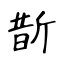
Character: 斮